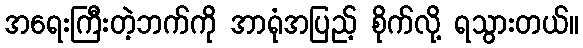
အရေးကြီးတဲ့ဘက်ကို အာရုံအပြည့် စိုက်လို့ ရသွားတယ်။